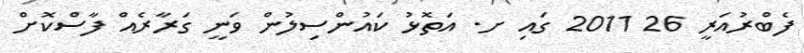
ފެބްރުއަރީ 26 2011 ގައި ށ. އަތޮޅު ކައުންސިލުން ވަނީ ގަރާރެއް ފާސްކޮށް